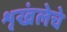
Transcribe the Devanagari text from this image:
शृखंलेचे